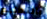
بالتعليم